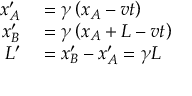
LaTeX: \begin{array} { r l } { x _ { A } ^ { \prime } } & { { } = \gamma \left( x _ { A } - v t \right) } \\ { x _ { B } ^ { \prime } } & { { } = \gamma \left( x _ { A } + L - v t \right) } \\ { L ^ { \prime } } & { { } = x _ { B } ^ { \prime } - x _ { A } ^ { \prime } = \gamma L } \end{array}